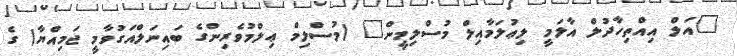
"އަލް އިއްތިހާދުލް އާލަމީ ލިޢުލަމާއިލް މުސްލިމީން" (މުސްލިމް ޢިލްމުވެރިންގެ ބައިނަލްއަގުވާމީ ޖަމިއްޔާ) ގެ